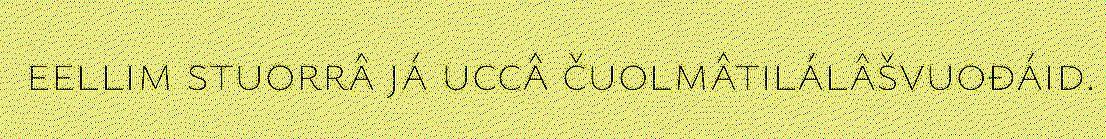
eellim stuorrâ já uccâ čuolmâtilálâšvuođáid.